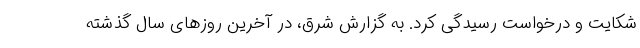
شکایت و درخواست رسیدگی کرد. به گزارش شرق، در آخرین روز‌های سال گذشته